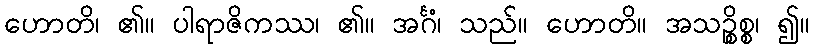
ဟောတိ၊ ၏။ ပါရာဇိကဿ၊ ၏။ အင်္ဂံ၊ သည်။ ဟောတိ။ အသဉ္စိစ္စ၊ ၍။